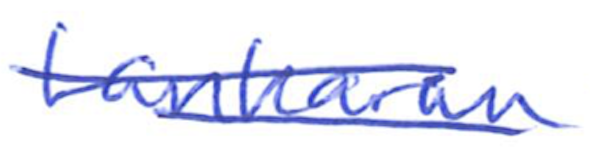
Text: Lankaran
Cross-out: mix
Writing tool: ballpoint